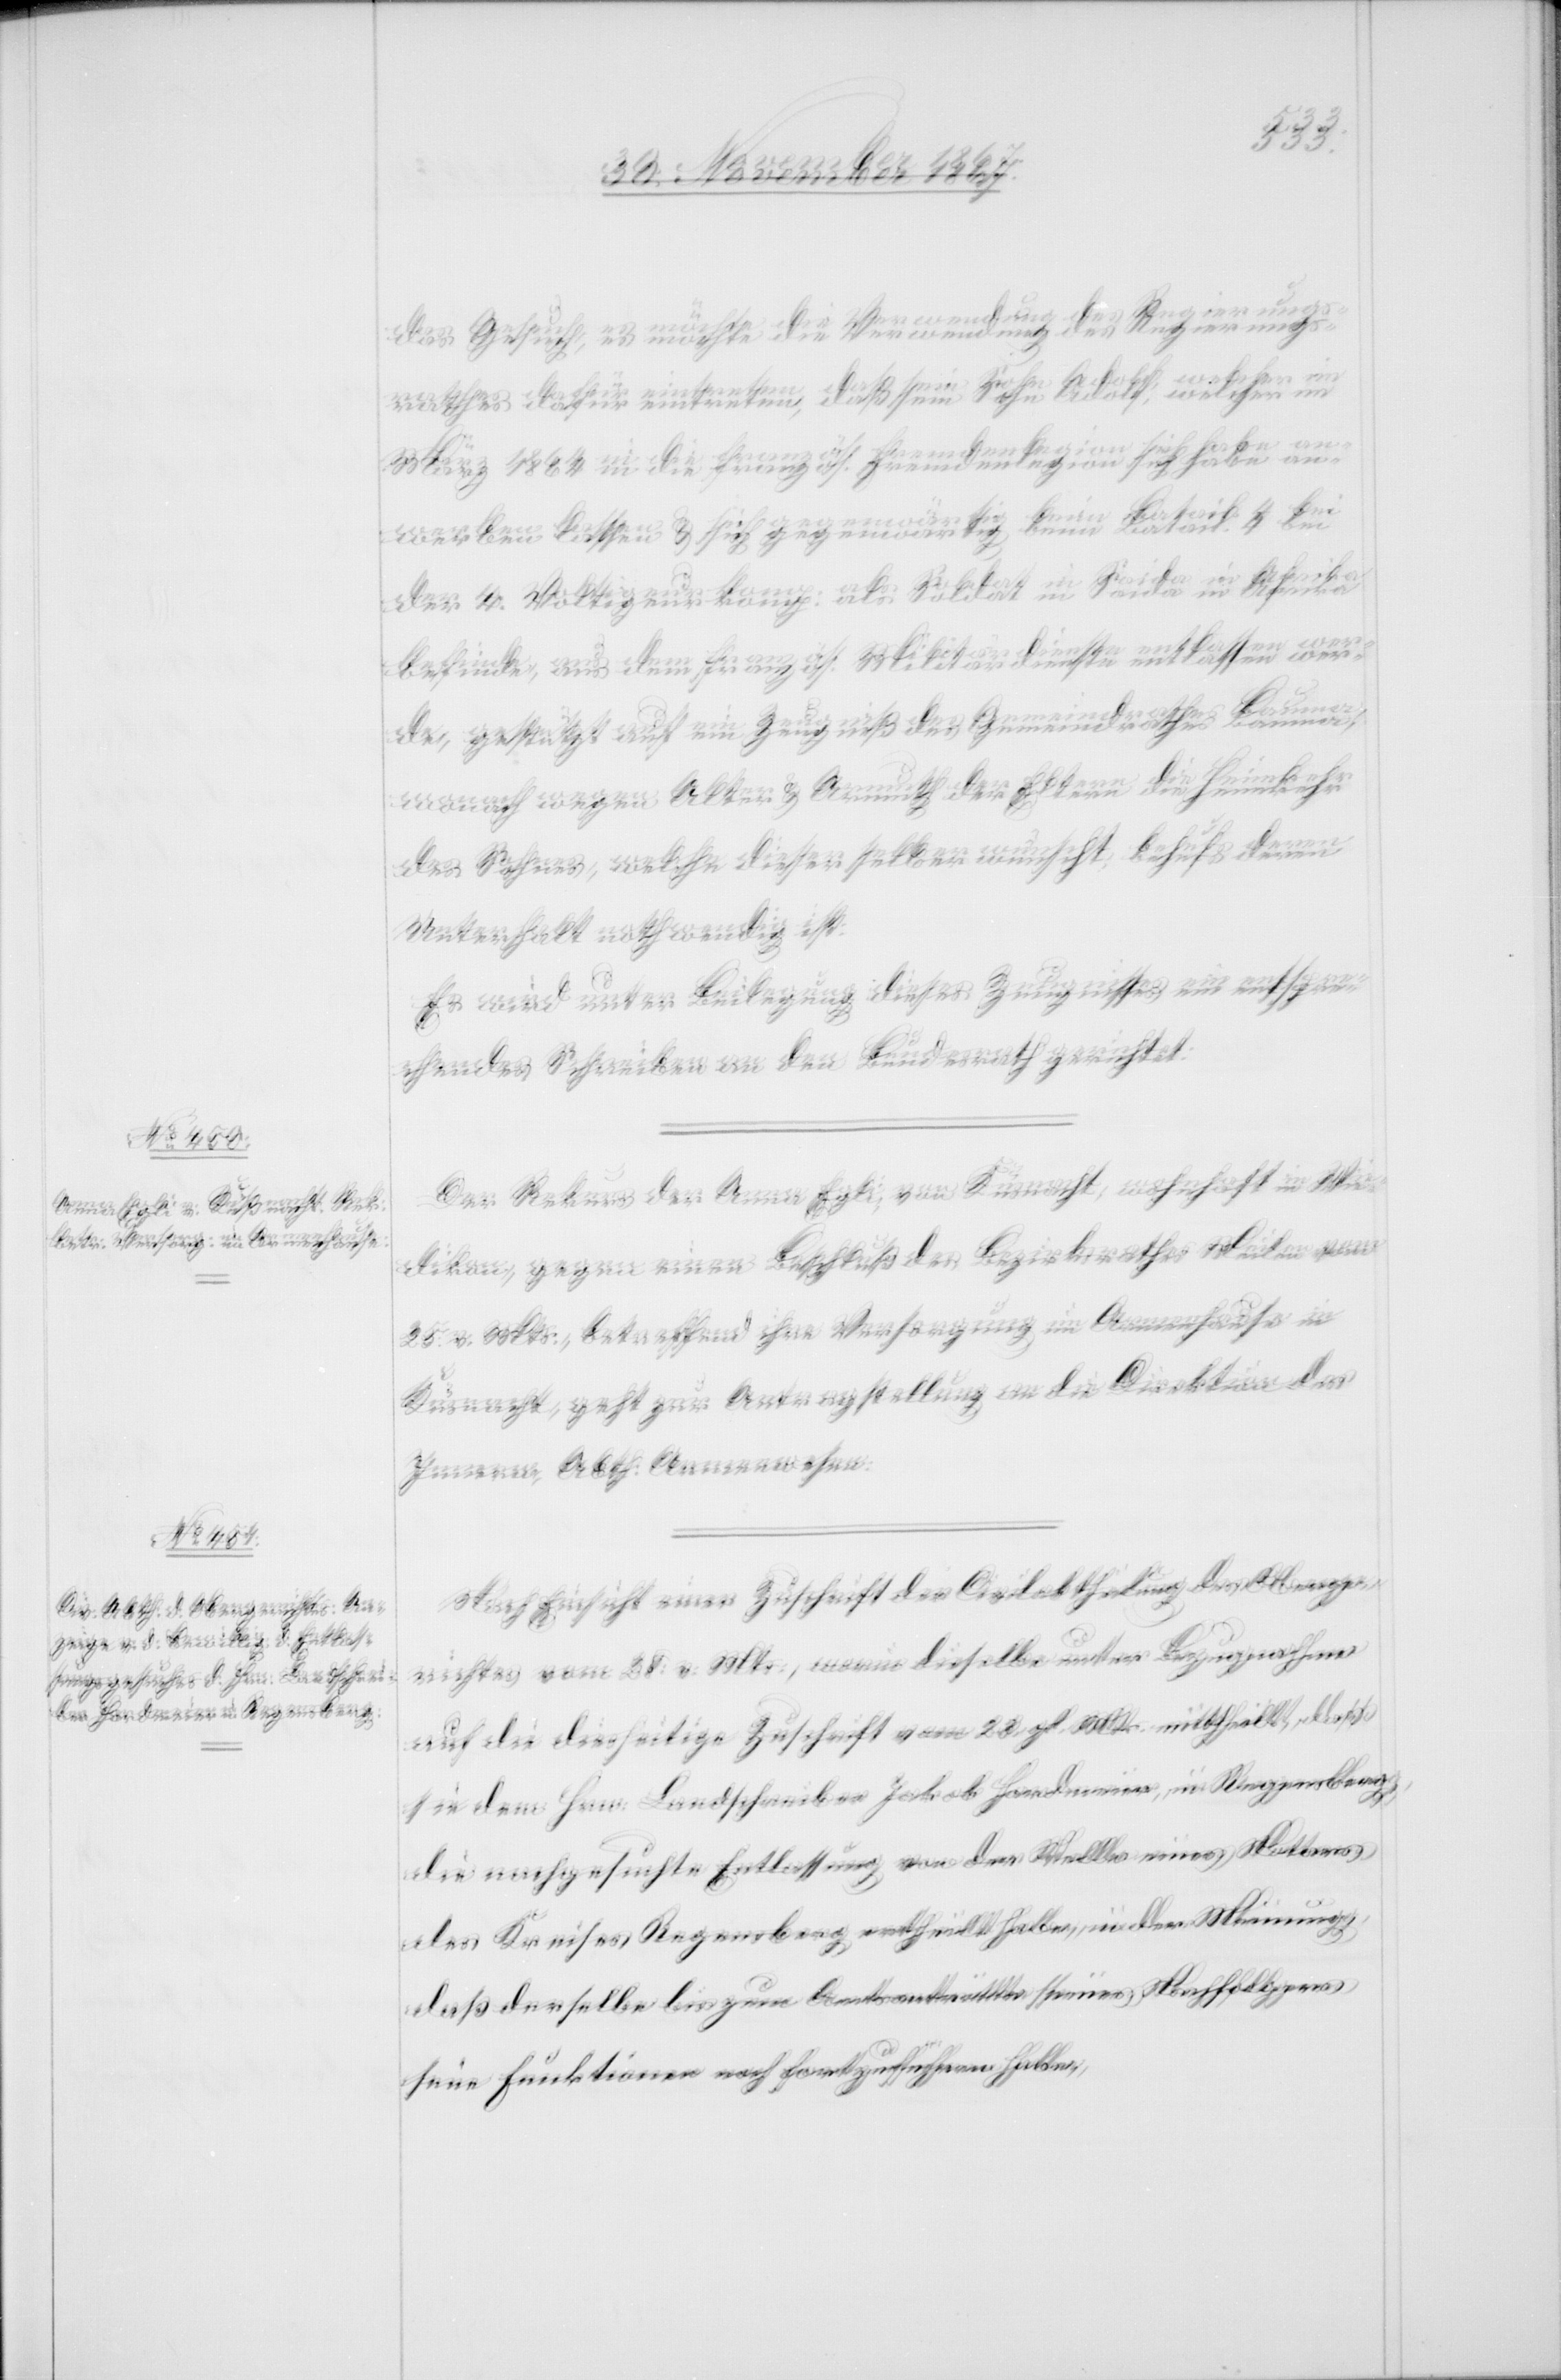
Hrn.
2. December 1867.]
das Gesuch, es möchte die Verwendung des Regierungs¬
rathes dafür eintreten, das sein Sohn Adolf, welcher im
März 1864 in die französ. Fremdenlegion sich habe an¬
werben lassen u. sich gegenwärtig beim Batail. 4 bei
der 4. Voltigeurkomp. als Soldat in Saida in Afrika
befinde, aus dem französ. Militärdienste entlassen wer¬
den, gestützt auf ein Zeugniß des Gemeindrathes Bauma,
wonach wegen Alter u. Armuth der Eltern die Heimkehr
des Sohnes, welche dieser selber wünsche, behufs deren
Unterhalt nothwendig sei.
Es wird unter Beilegung dieses Zeugnisses ein entspre¬
chendes Schreiben an den Bundesrath gerichtet.
Der Rekurs der Anna Egli, von Küsnacht, wohnhaft in Wie¬
dikon, gegen einen Beschluß des Bezirksrathes Meilen vom
25. v. Mts., betreffend ihre Versorgung im Armenhause in
Küsnacht, geht zur Antragstellung an die Direktion der
Arbeiten, Abth. Armenwesen.
Nach Einsicht einer Zuschrift der Civilabtheilung des Oberge¬
richts vom 28. v. Mts., worin dieselbe unter Bezugnahme
auf die diesseitige Zuschrift vom 23. gl. Mts. mittheilt, daß
sie dem Hrn. Landschreiber Jakob Hardmeier, in Regensberg,
die nachgesuchte Entlassung von der Stelle eines Notars
des Kreises Regensberg ertheilt habe, in der Meinung,
daß derselbe bis zum Amtsantritte seines Nachfolgers
seine Funktionen noch fortzuführen habe,